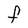
Character: F